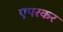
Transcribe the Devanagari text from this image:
एपरकर